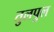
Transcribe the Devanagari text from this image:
तुलपुल